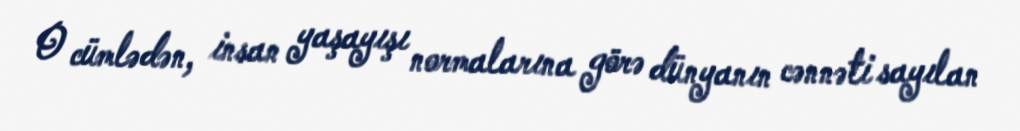
O cümlədən, insan yaşayışı normalarına görə dünyanın cənnəti sayılan